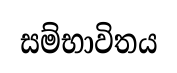
සම්භාවිතය